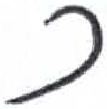
אות: כ